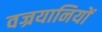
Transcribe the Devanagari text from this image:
वज्रयानियों